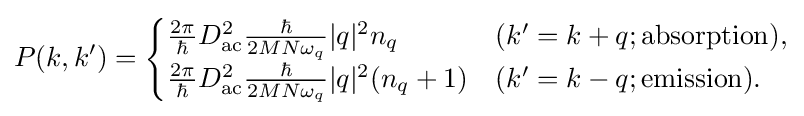
P(k,k')={\begin{cases}{\frac {2\pi }{\hbar }}D_{\text{ac}}^{2}{\frac {\hbar }{2MN\omega _{q}}}|q|^{2}n_{q}&(k'=k+q;{\text{absorption}}),\\{\frac {2\pi }{\hbar }}D_{\text{ac}}^{2}{\frac {\hbar }{2MN\omega _{q}}}|q|^{2}(n_{q}+1)&(k'=k-q;{\text{emission}}).\end{cases}}